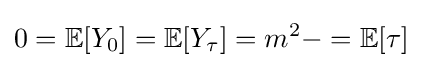
0=\mathbb {E} [Y_{0}]=\mathbb {E} [Y_{\tau }]=m^{2}-=\mathbb {E} [\tau ]